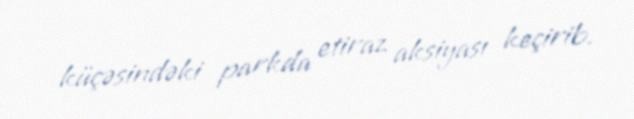
küçəsindəki parkda etiraz aksiyası keçirib.